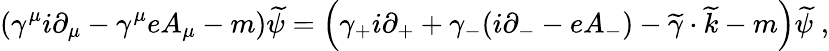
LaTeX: \left(\gamma^{\mu}i\partial_{\mu}-\gamma^{\mu}eA_{\mu}-m\right)\widetilde{\psi}=\left(\gamma_{+}i\partial_{+}+\gamma_{-}(i\partial_{-}-eA_{-})-\widetilde{\gamma}\cdot\widetilde{k}-m\right)\widetilde{\psi}\; ,